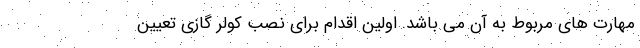
مهارت های مربوط به آن می باشد. اولین اقدام برای نصب کولر گازی تعیین